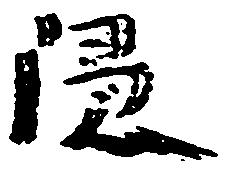
隠